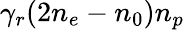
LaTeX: \gamma_{r}(2n_{e}-n_{0})n_{p}